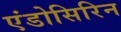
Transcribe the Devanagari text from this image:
एंडोसिरिन